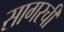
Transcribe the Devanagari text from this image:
सागरची